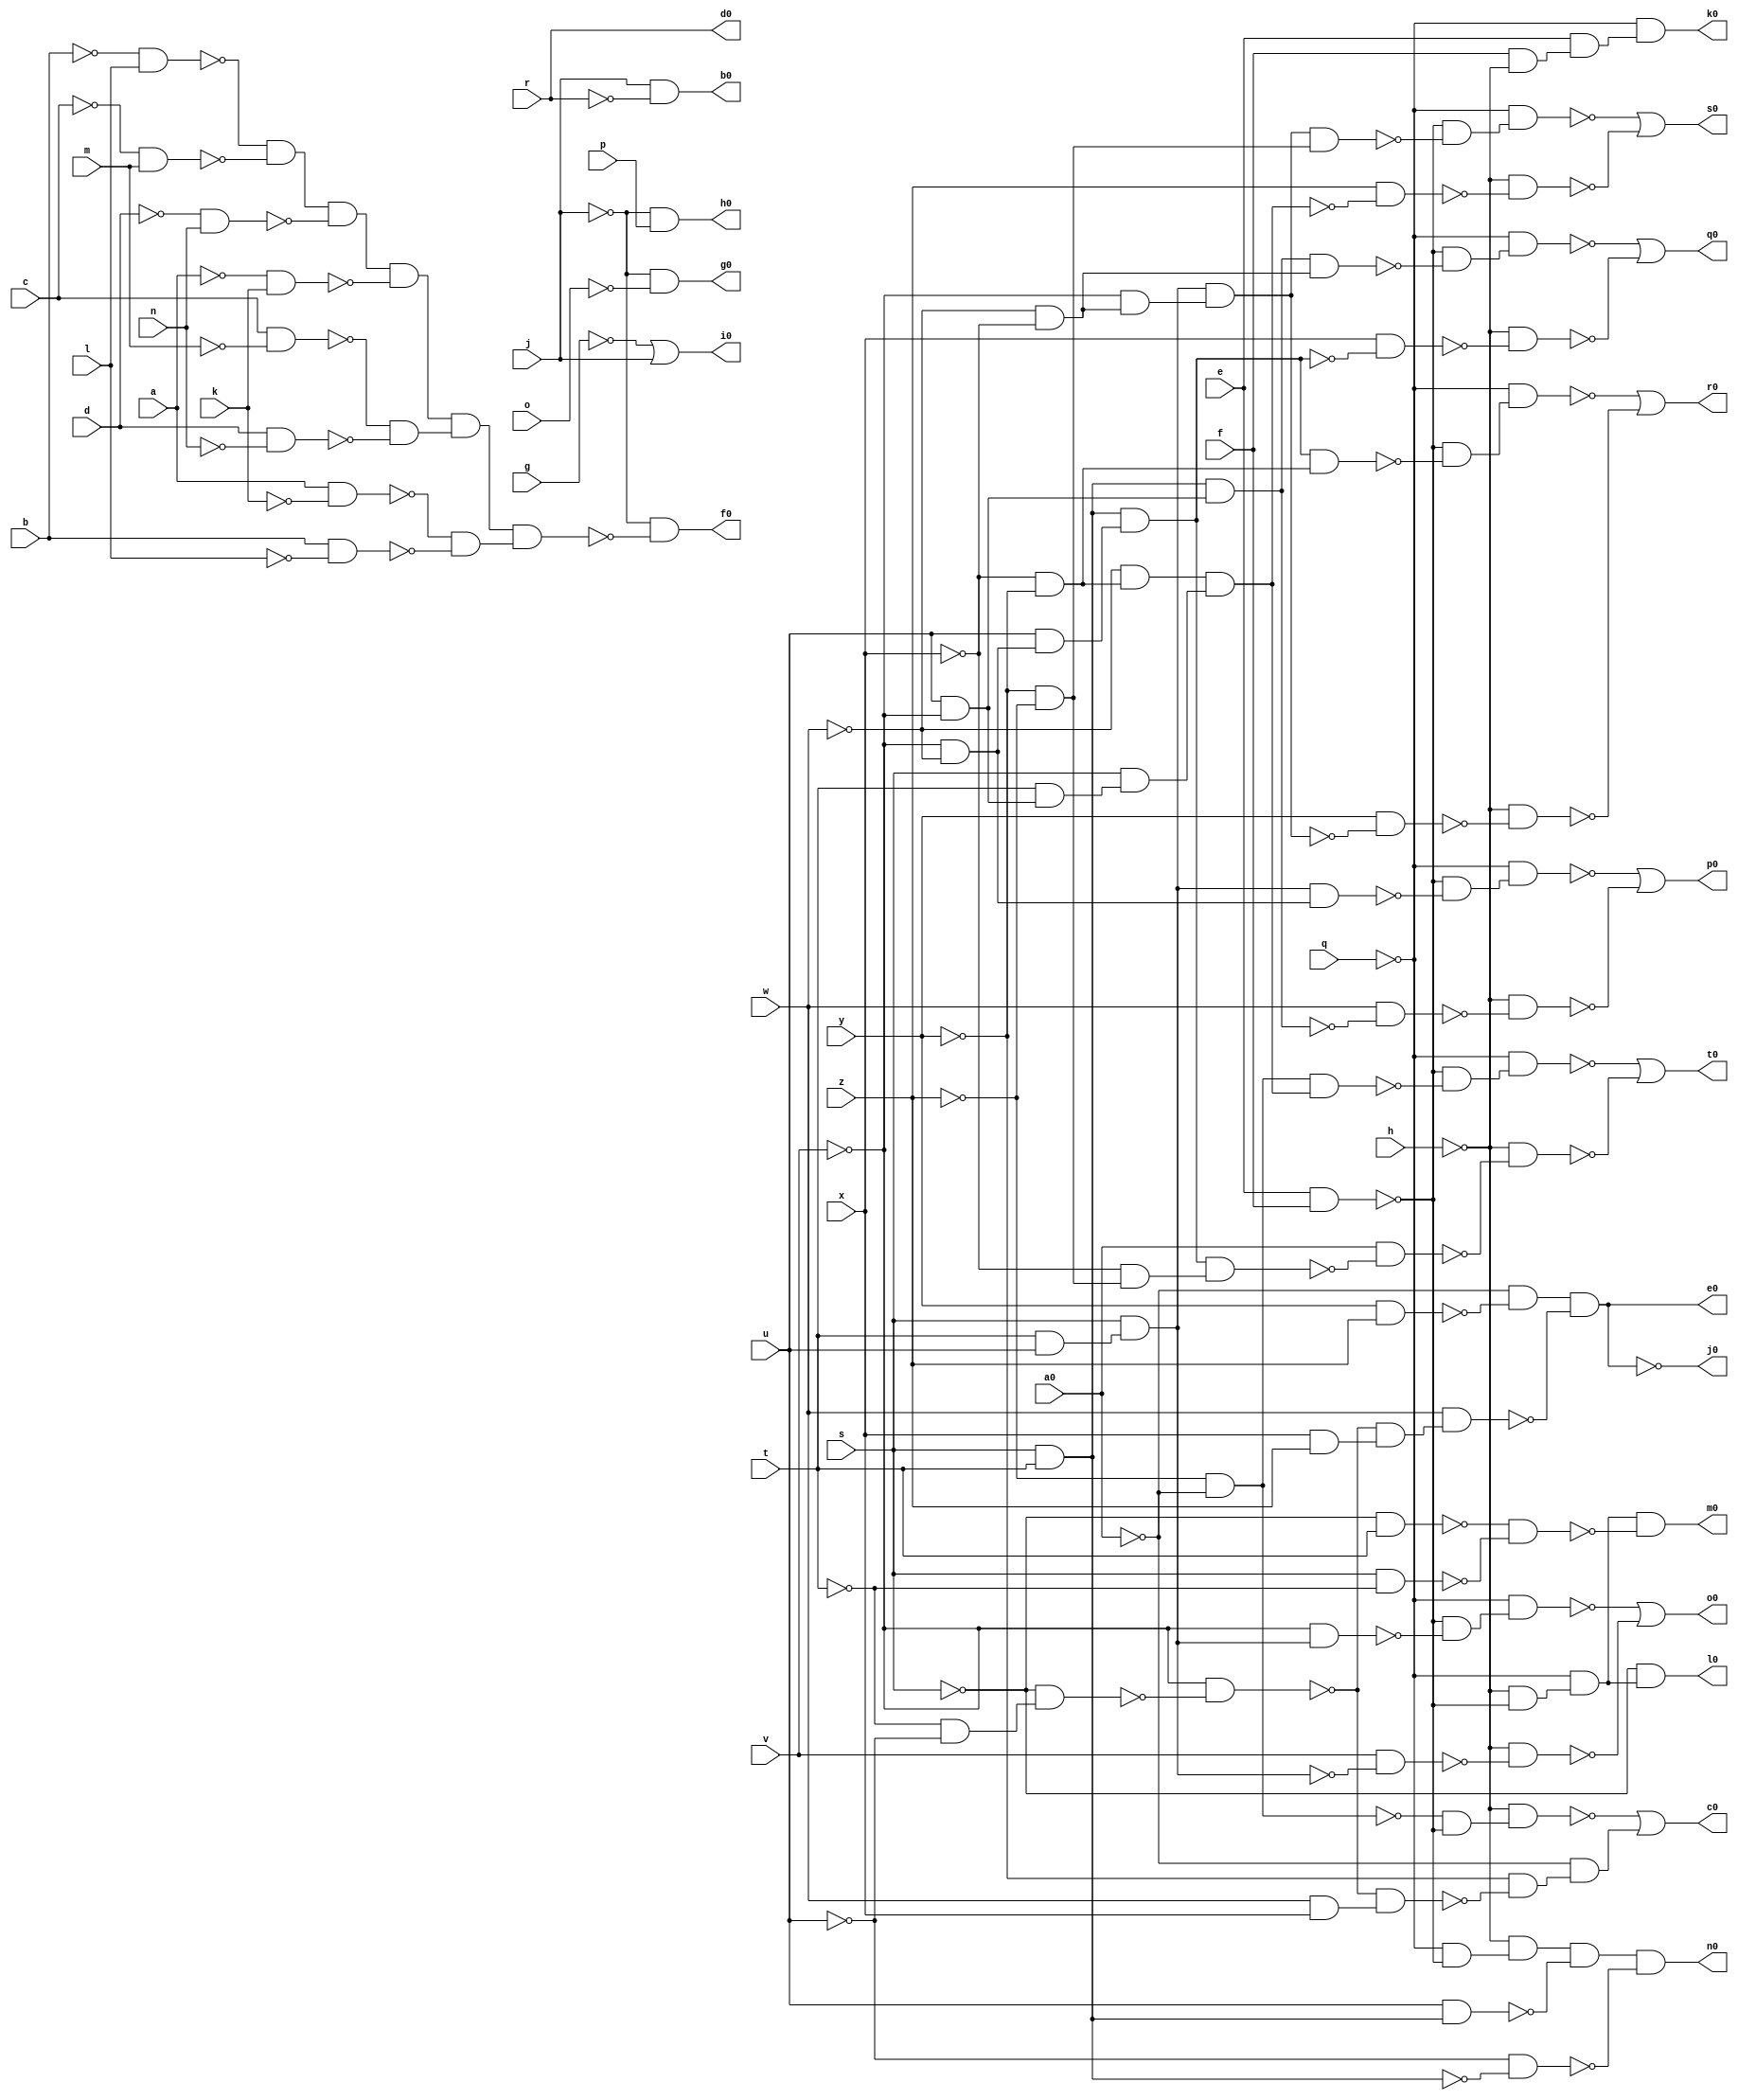
module lal ( 
    a, b, c, d, e, f, g, h, j, k, l, m, n, o, p, q, r, s, t, u, v, w, x, y,
    z, a0,
    b0, c0, d0, e0, f0, g0, h0, i0, j0, k0, l0, m0, n0, o0, p0, q0, r0, s0,
    t0  );
  input  a, b, c, d, e, f, g, h, j, k, l, m, n, o, p, q, r, s, t, u, v,
    w, x, y, z, a0;
  output b0, c0, d0, e0, f0, g0, h0, i0, j0, k0, l0, m0, n0, o0, p0, q0, r0,
    s0, t0;
  wire new_n47_, new_n48_, new_n49_, new_n50_, new_n51_, new_n52_, new_n53_,
    new_n54_, new_n55_, new_n56_, new_n57_, new_n59_, new_n60_, new_n61_,
    new_n62_, new_n63_, new_n65_, new_n66_, new_n67_, new_n68_, new_n69_,
    new_n70_, new_n71_, new_n72_, new_n73_, new_n74_, new_n75_, new_n76_,
    new_n77_, new_n78_, new_n79_, new_n84_, new_n85_, new_n87_, new_n88_,
    new_n90_, new_n91_, new_n92_, new_n94_, new_n95_, new_n96_, new_n97_,
    new_n98_, new_n99_, new_n101_, new_n102_, new_n103_, new_n104_,
    new_n105_, new_n106_, new_n107_, new_n109_, new_n110_, new_n111_,
    new_n112_, new_n113_, new_n114_, new_n115_, new_n116_, new_n118_,
    new_n119_, new_n120_, new_n121_, new_n122_, new_n123_, new_n124_,
    new_n125_, new_n127_, new_n128_, new_n129_, new_n130_, new_n131_,
    new_n132_, new_n133_, new_n134_, new_n136_, new_n137_, new_n138_,
    new_n139_, new_n140_, new_n141_, new_n142_, new_n143_, new_n144_,
    new_n145_, new_n147_, new_n148_, new_n149_, new_n150_, new_n151_,
    new_n152_, new_n153_;
  assign b0 = j & ~r;
  assign new_n47_ = ~t & ~u;
  assign new_n48_ = ~s & new_n47_;
  assign new_n49_ = ~v & ~new_n48_;
  assign new_n50_ = w & x;
  assign new_n51_ = ~new_n49_ & new_n50_;
  assign new_n52_ = ~z & ~a0;
  assign new_n53_ = e & f;
  assign new_n54_ = ~new_n52_ & ~new_n53_;
  assign new_n55_ = ~h & new_n54_;
  assign new_n56_ = ~y & ~new_n51_;
  assign new_n57_ = ~a0 & new_n56_;
  assign c0 = ~new_n55_ | new_n57_;
  assign new_n59_ = x & z;
  assign new_n60_ = y & z;
  assign new_n61_ = ~a0 & ~new_n60_;
  assign new_n62_ = ~new_n49_ & new_n59_;
  assign new_n63_ = w & new_n62_;
  assign e0 = new_n61_ & ~new_n63_;
  assign new_n65_ = ~b & l;
  assign new_n66_ = ~c & m;
  assign new_n67_ = ~new_n65_ & ~new_n66_;
  assign new_n68_ = ~d & n;
  assign new_n69_ = new_n67_ & ~new_n68_;
  assign new_n70_ = ~a & k;
  assign new_n71_ = new_n69_ & ~new_n70_;
  assign new_n72_ = c & ~m;
  assign new_n73_ = d & ~n;
  assign new_n74_ = ~new_n72_ & ~new_n73_;
  assign new_n75_ = new_n71_ & new_n74_;
  assign new_n76_ = a & ~k;
  assign new_n77_ = b & ~l;
  assign new_n78_ = ~new_n76_ & ~new_n77_;
  assign new_n79_ = new_n75_ & new_n78_;
  assign f0 = ~j & ~new_n79_;
  assign g0 = ~j & ~o;
  assign h0 = ~j & p;
  assign i0 = ~g | j;
  assign new_n84_ = f & ~h;
  assign new_n85_ = e & new_n84_;
  assign k0 = ~q & new_n85_;
  assign new_n87_ = ~h & ~new_n53_;
  assign new_n88_ = ~q & new_n87_;
  assign l0 = ~s & new_n88_;
  assign new_n90_ = ~s & t;
  assign new_n91_ = s & ~t;
  assign new_n92_ = ~new_n90_ & ~new_n91_;
  assign m0 = new_n88_ & ~new_n92_;
  assign new_n94_ = ~q & ~new_n53_;
  assign new_n95_ = ~h & new_n94_;
  assign new_n96_ = s & t;
  assign new_n97_ = u & new_n96_;
  assign new_n98_ = new_n95_ & ~new_n97_;
  assign new_n99_ = ~u & ~new_n96_;
  assign n0 = new_n98_ & ~new_n99_;
  assign new_n101_ = t & u;
  assign new_n102_ = s & new_n101_;
  assign new_n103_ = ~v & new_n102_;
  assign new_n104_ = ~new_n53_ & ~new_n103_;
  assign new_n105_ = ~q & new_n104_;
  assign new_n106_ = v & ~new_n102_;
  assign new_n107_ = ~h & ~new_n106_;
  assign o0 = ~new_n105_ | ~new_n107_;
  assign new_n109_ = u & ~v;
  assign new_n110_ = new_n96_ & new_n109_;
  assign new_n111_ = ~v & ~w;
  assign new_n112_ = new_n102_ & new_n111_;
  assign new_n113_ = ~new_n53_ & ~new_n112_;
  assign new_n114_ = ~q & new_n113_;
  assign new_n115_ = w & ~new_n110_;
  assign new_n116_ = ~h & ~new_n115_;
  assign p0 = ~new_n114_ | ~new_n116_;
  assign new_n118_ = u & new_n111_;
  assign new_n119_ = new_n96_ & new_n118_;
  assign new_n120_ = ~w & ~x;
  assign new_n121_ = new_n110_ & new_n120_;
  assign new_n122_ = ~new_n53_ & ~new_n121_;
  assign new_n123_ = ~q & new_n122_;
  assign new_n124_ = x & ~new_n119_;
  assign new_n125_ = ~h & ~new_n124_;
  assign q0 = ~new_n123_ | ~new_n125_;
  assign new_n127_ = ~v & new_n120_;
  assign new_n128_ = new_n102_ & new_n127_;
  assign new_n129_ = ~x & ~y;
  assign new_n130_ = new_n119_ & new_n129_;
  assign new_n131_ = ~new_n53_ & ~new_n130_;
  assign new_n132_ = ~q & new_n131_;
  assign new_n133_ = y & ~new_n128_;
  assign new_n134_ = ~h & ~new_n133_;
  assign r0 = ~new_n132_ | ~new_n134_;
  assign new_n136_ = t & new_n109_;
  assign new_n137_ = ~w & new_n129_;
  assign new_n138_ = s & new_n136_;
  assign new_n139_ = new_n137_ & new_n138_;
  assign new_n140_ = ~y & ~z;
  assign new_n141_ = new_n128_ & new_n140_;
  assign new_n142_ = ~new_n53_ & ~new_n141_;
  assign new_n143_ = ~q & new_n142_;
  assign new_n144_ = z & ~new_n139_;
  assign new_n145_ = ~h & ~new_n144_;
  assign s0 = ~new_n143_ | ~new_n145_;
  assign new_n147_ = ~x & new_n140_;
  assign new_n148_ = new_n119_ & new_n147_;
  assign new_n149_ = new_n52_ & new_n139_;
  assign new_n150_ = ~new_n53_ & ~new_n149_;
  assign new_n151_ = ~q & new_n150_;
  assign new_n152_ = a0 & ~new_n148_;
  assign new_n153_ = ~h & ~new_n152_;
  assign t0 = ~new_n151_ | ~new_n153_;
  assign j0 = ~e0;
  assign d0 = r;
endmodule